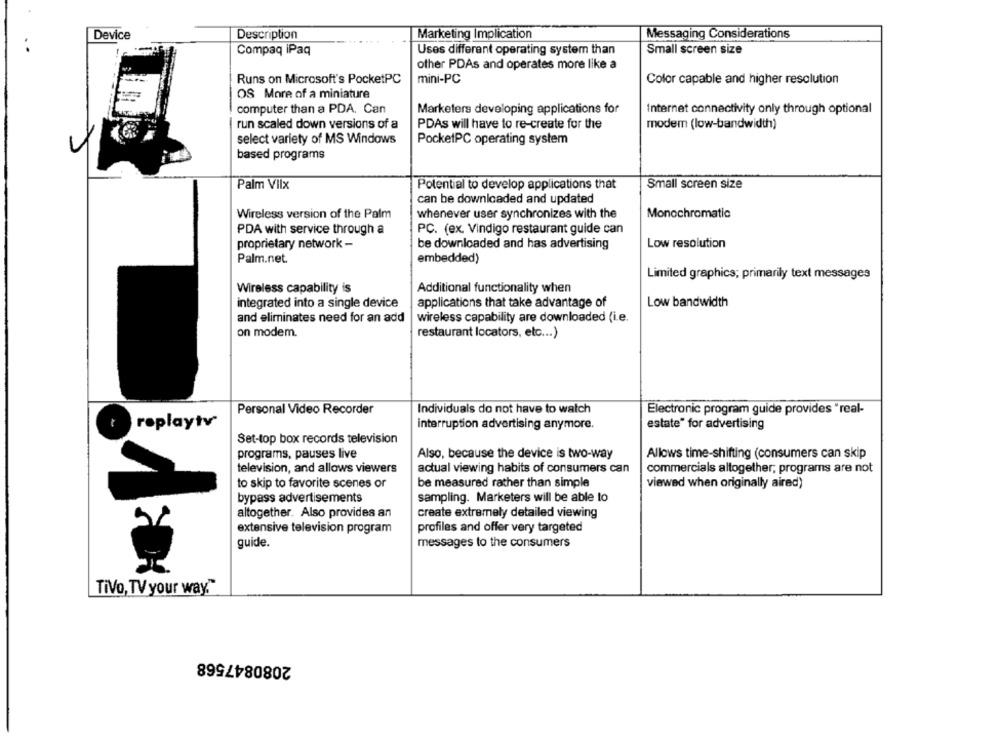
Device
Description
Marketing Implication
Messaging Considerations
Compaq iPaq
Uses different operating system than
Small screen size
other PDAs and operates more like a
Runs on Microsoft's PocketPC
mini-PC
Color capable and higher resolution
OS More of a miniature
computer than a PDA. Can
Marketers developing applications for
Internet connectivity only through optional
run scaled down versions of a
PDAs will have to re-create for the
modem (low-bandwidth)
select variety of MS Windows
PocketPC operating system
based programs
Palm Vilx
Potential to develop applications that
Small screen size
can be downloaded and updated
Wireless version of the Palm
whenever user synchronizes with the
Monochromatic
PC. (ex. Vindigo restaurant guide can
PDA with service through a
proprietary network -
be downloaded and has advertising
Low resolution
Palm.net.
embedded)
Limited graphics; primarily text messages
Wireless capability is
Additional functionality when
integrated into a single device
applications that take advantage of
Low bandwidth
and eliminates need for an add
wireless capability are downloaded (i.e.
on modem.
restaurant locators, etc ... )
Personal Video Recorder
Individuals do not have to watch
Electronic program guide provides "real-
replaytv
interruption advertising anymore.
estate" for advertising
Set-top box records television
programs, pauses live
Also, because the device is two-way
Allows time-shifting (consumers can skip
actual viewing habits of consumers can
television, and allows viewers
commercials altogether, programs are not
be measured rather than simple
to skip to favorite scenes or
viewed when originally aired)
sampling. Marketers will be able to
bypass advertisements
create extremely detailed viewing
altogether. Also provides an
extensive television program
profiles and offer very targeted
guide.
messages to the consumers
TiVo, TV your way."
2080847568